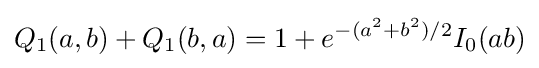
Q_{1}(a,b)+Q_{1}(b,a)=1+e^{-(a^{2}+b^{2})/2}I_{0}(ab)